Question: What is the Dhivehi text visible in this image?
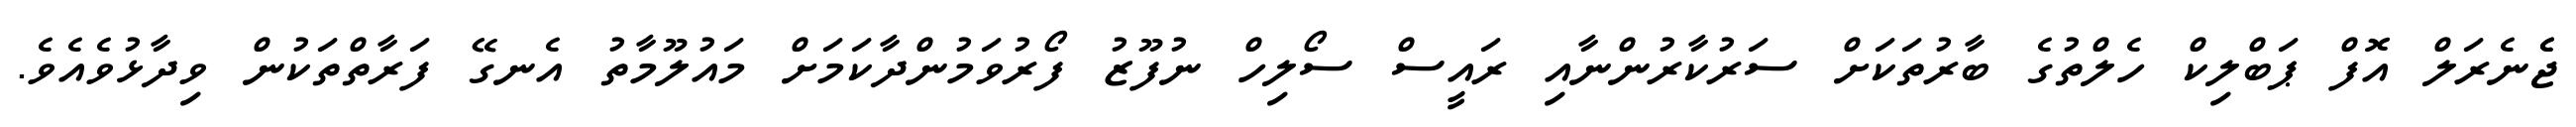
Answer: ޖެެނެރަލް އޮފް ޕަބްލިކް ހެލްތުގެ ބާރުތަކަށް ސަރުކާރުންނާއި ރައީސް ސޯލިހް ނުފޫޒު ފޯރުވަމުންދާކަމަށް މައުލޫމާތު އެނގޭ ފަރާތްތަކުން ވިދާޅުވެއެވެ.